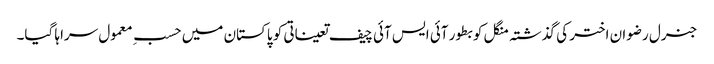
جنرل رضوان اختر کی گذشتہ منگل کو بطور آئی ایس آئی چیف تعیناتی کو پاکستان میں حسبِ معمول سراہا گیا۔